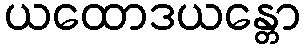
ယထောဒယန္တော